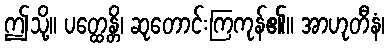
ဤသို့။ ပတ္ထေန္တိ၊ ဆုတောင်းကြကုန်၏။ အာဟုတီနံ၊